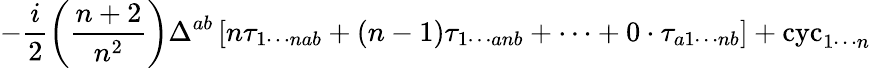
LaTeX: -\frac{i}{2}\left(\frac{n+2}{n^{2}}\right)\Delta^{ab}\left[n\tau_{1\cdots nab}+\left(n-1\right)\tau_{1\cdots anb}+\cdots+0\cdot\tau_{a1\cdots nb}\right]+\mathrm{cyc}_{1\cdots n}